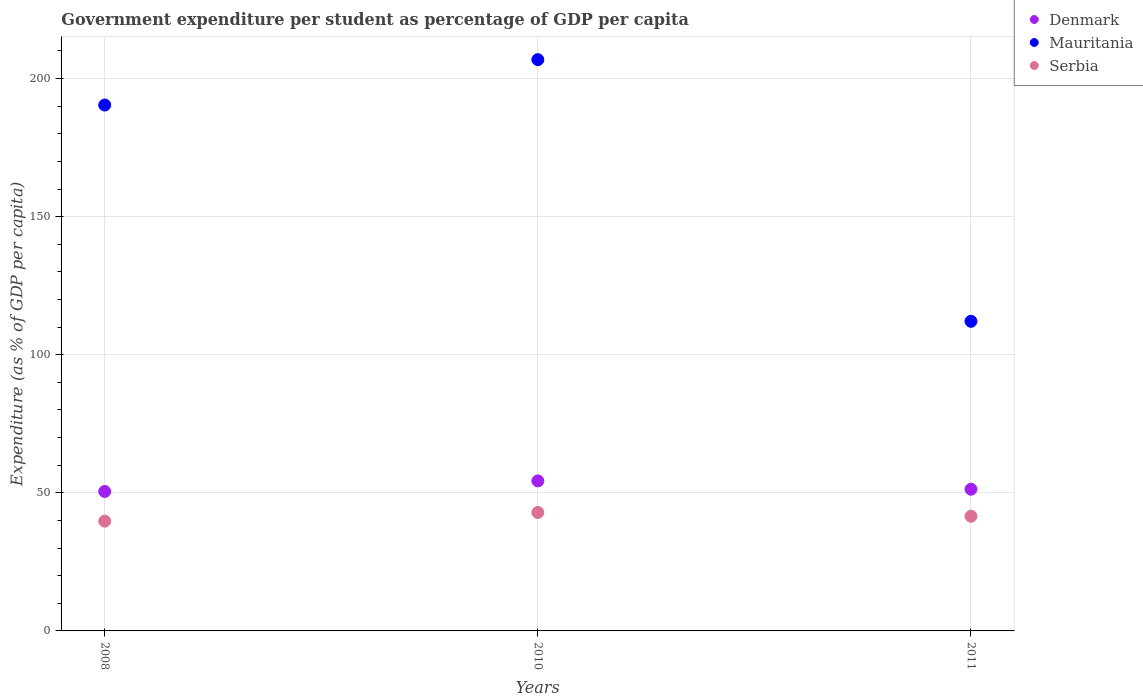
| Years | Denmark | Mauritania | Serbia |
 | --- | --- | --- | --- |
 | 2008 | 50.5 | 190 | 39.8 |
 | 2010 | 54.3 | 207 | 42.9 |
 | 2011 | 51.3 | 112 | 41.5 |